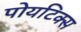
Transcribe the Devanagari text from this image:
पोयटिक्स